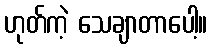
ဟုတ်ကဲ့ သေချာတာပေါ့။